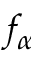
f _ { \alpha }